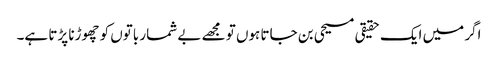
اگر میں ایک حقیقی مسیحی بن جاتا ہوں تو مجھے بے شمار باتوں کو چھوڑنا پڑتا ہے۔